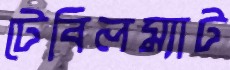
টেবিলম্যাট